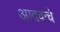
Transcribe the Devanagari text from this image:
आद्रकचे